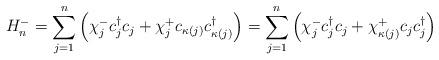
LaTeX: \begin{align*}H_n^{-}=\sum_{j=1}^n\left(\chi_j^{-}c_j^\dagger c_j+\chi_j^{+}c_{\kappa(j)}c_{\kappa(j)}^\dagger\right)=\sum_{j=1}^n\left(\chi_j^{-}c_j^\dagger c_j+\chi_{\kappa(j)}^{+}c_jc_j^\dagger\right)\end{align*}